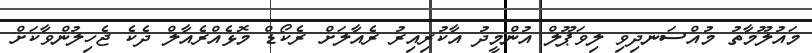
މައުލޫމާތު މުއްސަނދިވި ލިވަޕޫލް އުންމީދު އާކުރިއިރު ރެއާލަށް ރެކޯޑް މޮޅެއްރެއާލް ދެކެ ޖެހިލުންވާކަށް